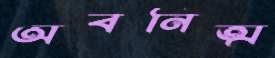
অবনিত্ম